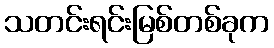
သတင်းရင်းမြစ်တစ်ခုက